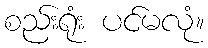
စည်းရုံး ပင်မလုံ။